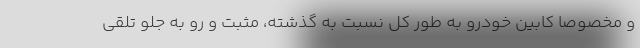
و مخصوصاً کابین خودرو به طور کل نسبت به گذشته، مثبت و رو به جلو تلقی